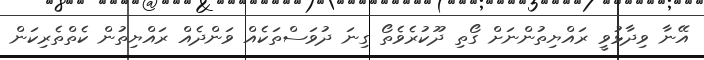
އޭނާ ވިދާޅުވީ ރައްޔިތުންނަށް ގޯތި ދޫކުރެވެތޯ ގިނަ ދުވަސްތަކެއް ވަންދެއް ރައްޔިތުން ކެތްތެރިކަން